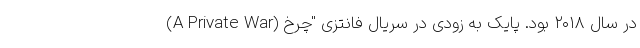
(A Private War) در سال ۲۰۱۸ بود. پایک به زودی در سریال فانتزی "چرخ